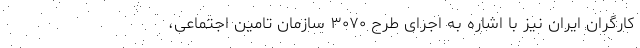
کارگران ایران نیز با اشاره به اجرای طرح ۳۰۷۰ سازمان تامین اجتماعی،